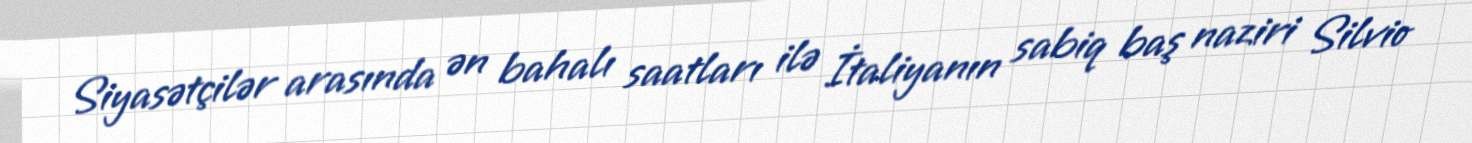
Siyasətçilər arasında ən bahalı saatları ilə İtaliyanın sabiq baş naziri Silvio